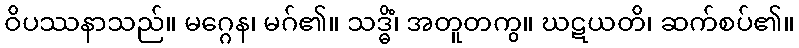
ဝိပဿနာသည်။ မဂ္ဂေန၊ မဂ်၏။ သဒ္ဓိံ၊ အတူတကွ။ ဃဋယတိ၊ ဆက်စပ်၏။